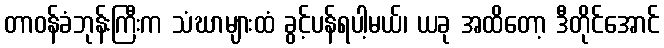
တာဝန်ခံဘုန်းကြီးက သံဃာများထံ ခွင့်ပန်ရပါ့မယ်၊ ယခု အထိတော့ ဒီတိုင်အောင်